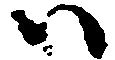
ハ